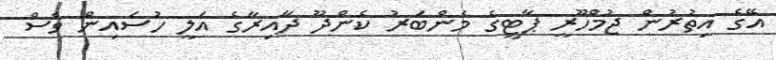
އޭގެ އިތުރުން ޖުމްހޫރީ ޕާޓީގެ މެންބަރު ކެންދޫ ދާއިރާގެ އަލީ ހުސައިން ވެސް